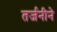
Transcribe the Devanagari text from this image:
तर्जनीने